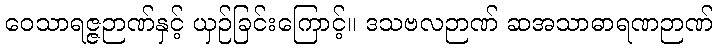
ဝေသာရဇ္ဇဉာဏ်နှင့် ယှဉ်ခြင်းကြောင့်။ ဒသဗလဉာဏ် ဆအသာဓာရဏဉာဏ်